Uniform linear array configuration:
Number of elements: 64
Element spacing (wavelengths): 1
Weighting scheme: hann
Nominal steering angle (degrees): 30
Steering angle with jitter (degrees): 31.951
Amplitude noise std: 0.05
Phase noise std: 0.05

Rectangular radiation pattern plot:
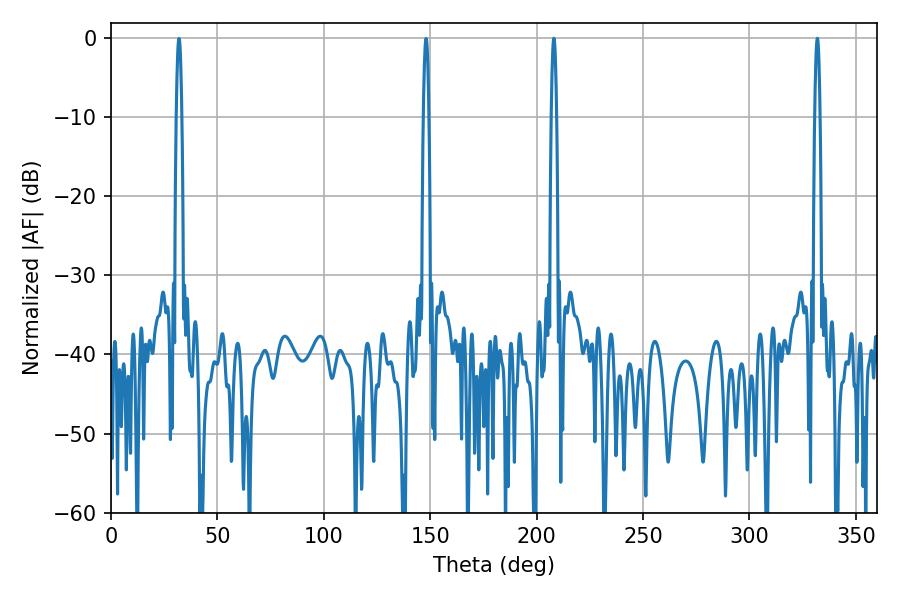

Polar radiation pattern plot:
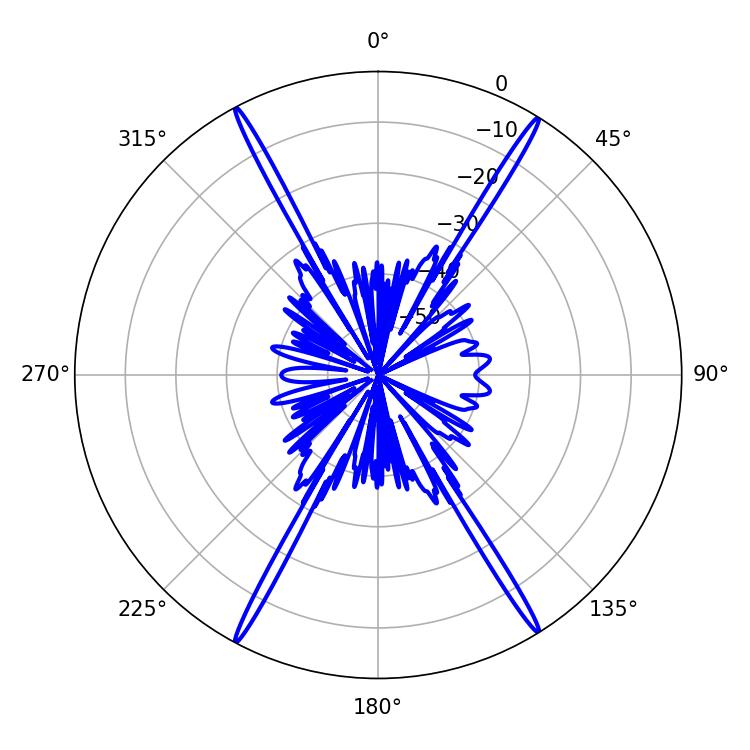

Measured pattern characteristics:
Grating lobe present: TRUE
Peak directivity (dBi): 26.686
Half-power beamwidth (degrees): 1.44
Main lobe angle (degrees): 208.08